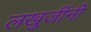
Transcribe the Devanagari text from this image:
लखुजींनी